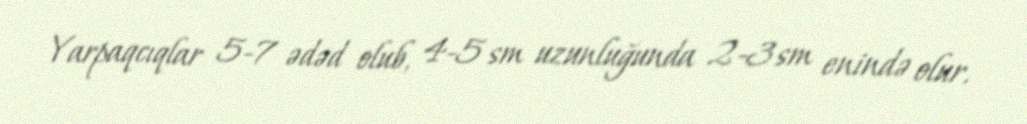
Yarpaqcıqlar 5-7 ədəd olub, 4-5 sm uzunluğunda 2-3 sm enində olur.